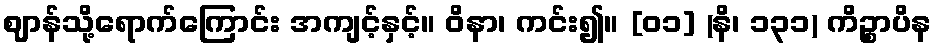
ဈာန်သို့ရောက်ကြောင်း အကျင့်နှင့်။ ဝိနာ၊ ကင်း၍။ [၀၁] (နိ၊ ၁၃၁) ကိဉ္စာပိန